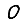
Digit: 0